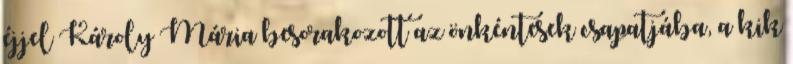
éjjel Károly Mária besorakozott az önkéntesek csapatjába, a kik